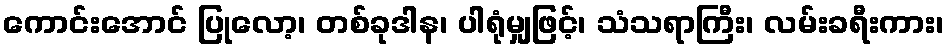
ကောင်းအောင် ပြုလော့၊ တစ်ခုဒါန၊ ပါရုံမျှဖြင့်၊ သံသရာကြီး၊ လမ်းခရီးကား၊